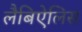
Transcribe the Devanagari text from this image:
लैबिऐलिस